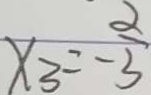
x _ { 3 } = - \frac { 2 } { 3 }